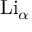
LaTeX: \mathrm { L i } _ { \alpha }